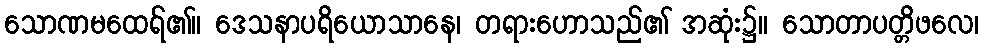
သောဏမထေရ်၏။ ဒေသနာပရိယောသာနေ၊ တရားဟောသည်၏ အဆုံး၌။ သောတာပတ္တိဖလေ၊